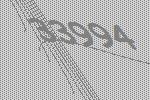
33994